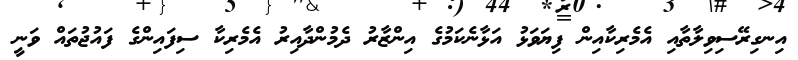
އިނގިރޭސިވިލާތާއި އެމެރިކާއިން ފިޔަވަޅު އަޅާނެކަމުގެ އިންޒާރު ދެމުންދާއިރު އެމެރިކާ ސިފައިންގެ ފައުޖުތައް ވަނީ